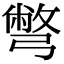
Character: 彆